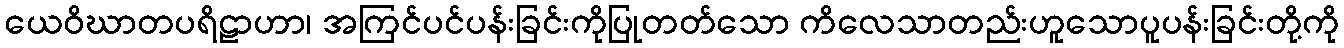
ယေဝိဃာတပရိဠာဟာ၊ အကြင်ပင်ပန်းခြင်းကိုပြုတတ်သော ကိလေသာတည်းဟူသောပူပန်းခြင်းတို့ကို